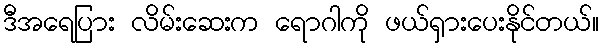
ဒီအရေပြား လိမ်းဆေးက ရောဂါကို ဖယ်ရှားပေးနိုင်တယ်။